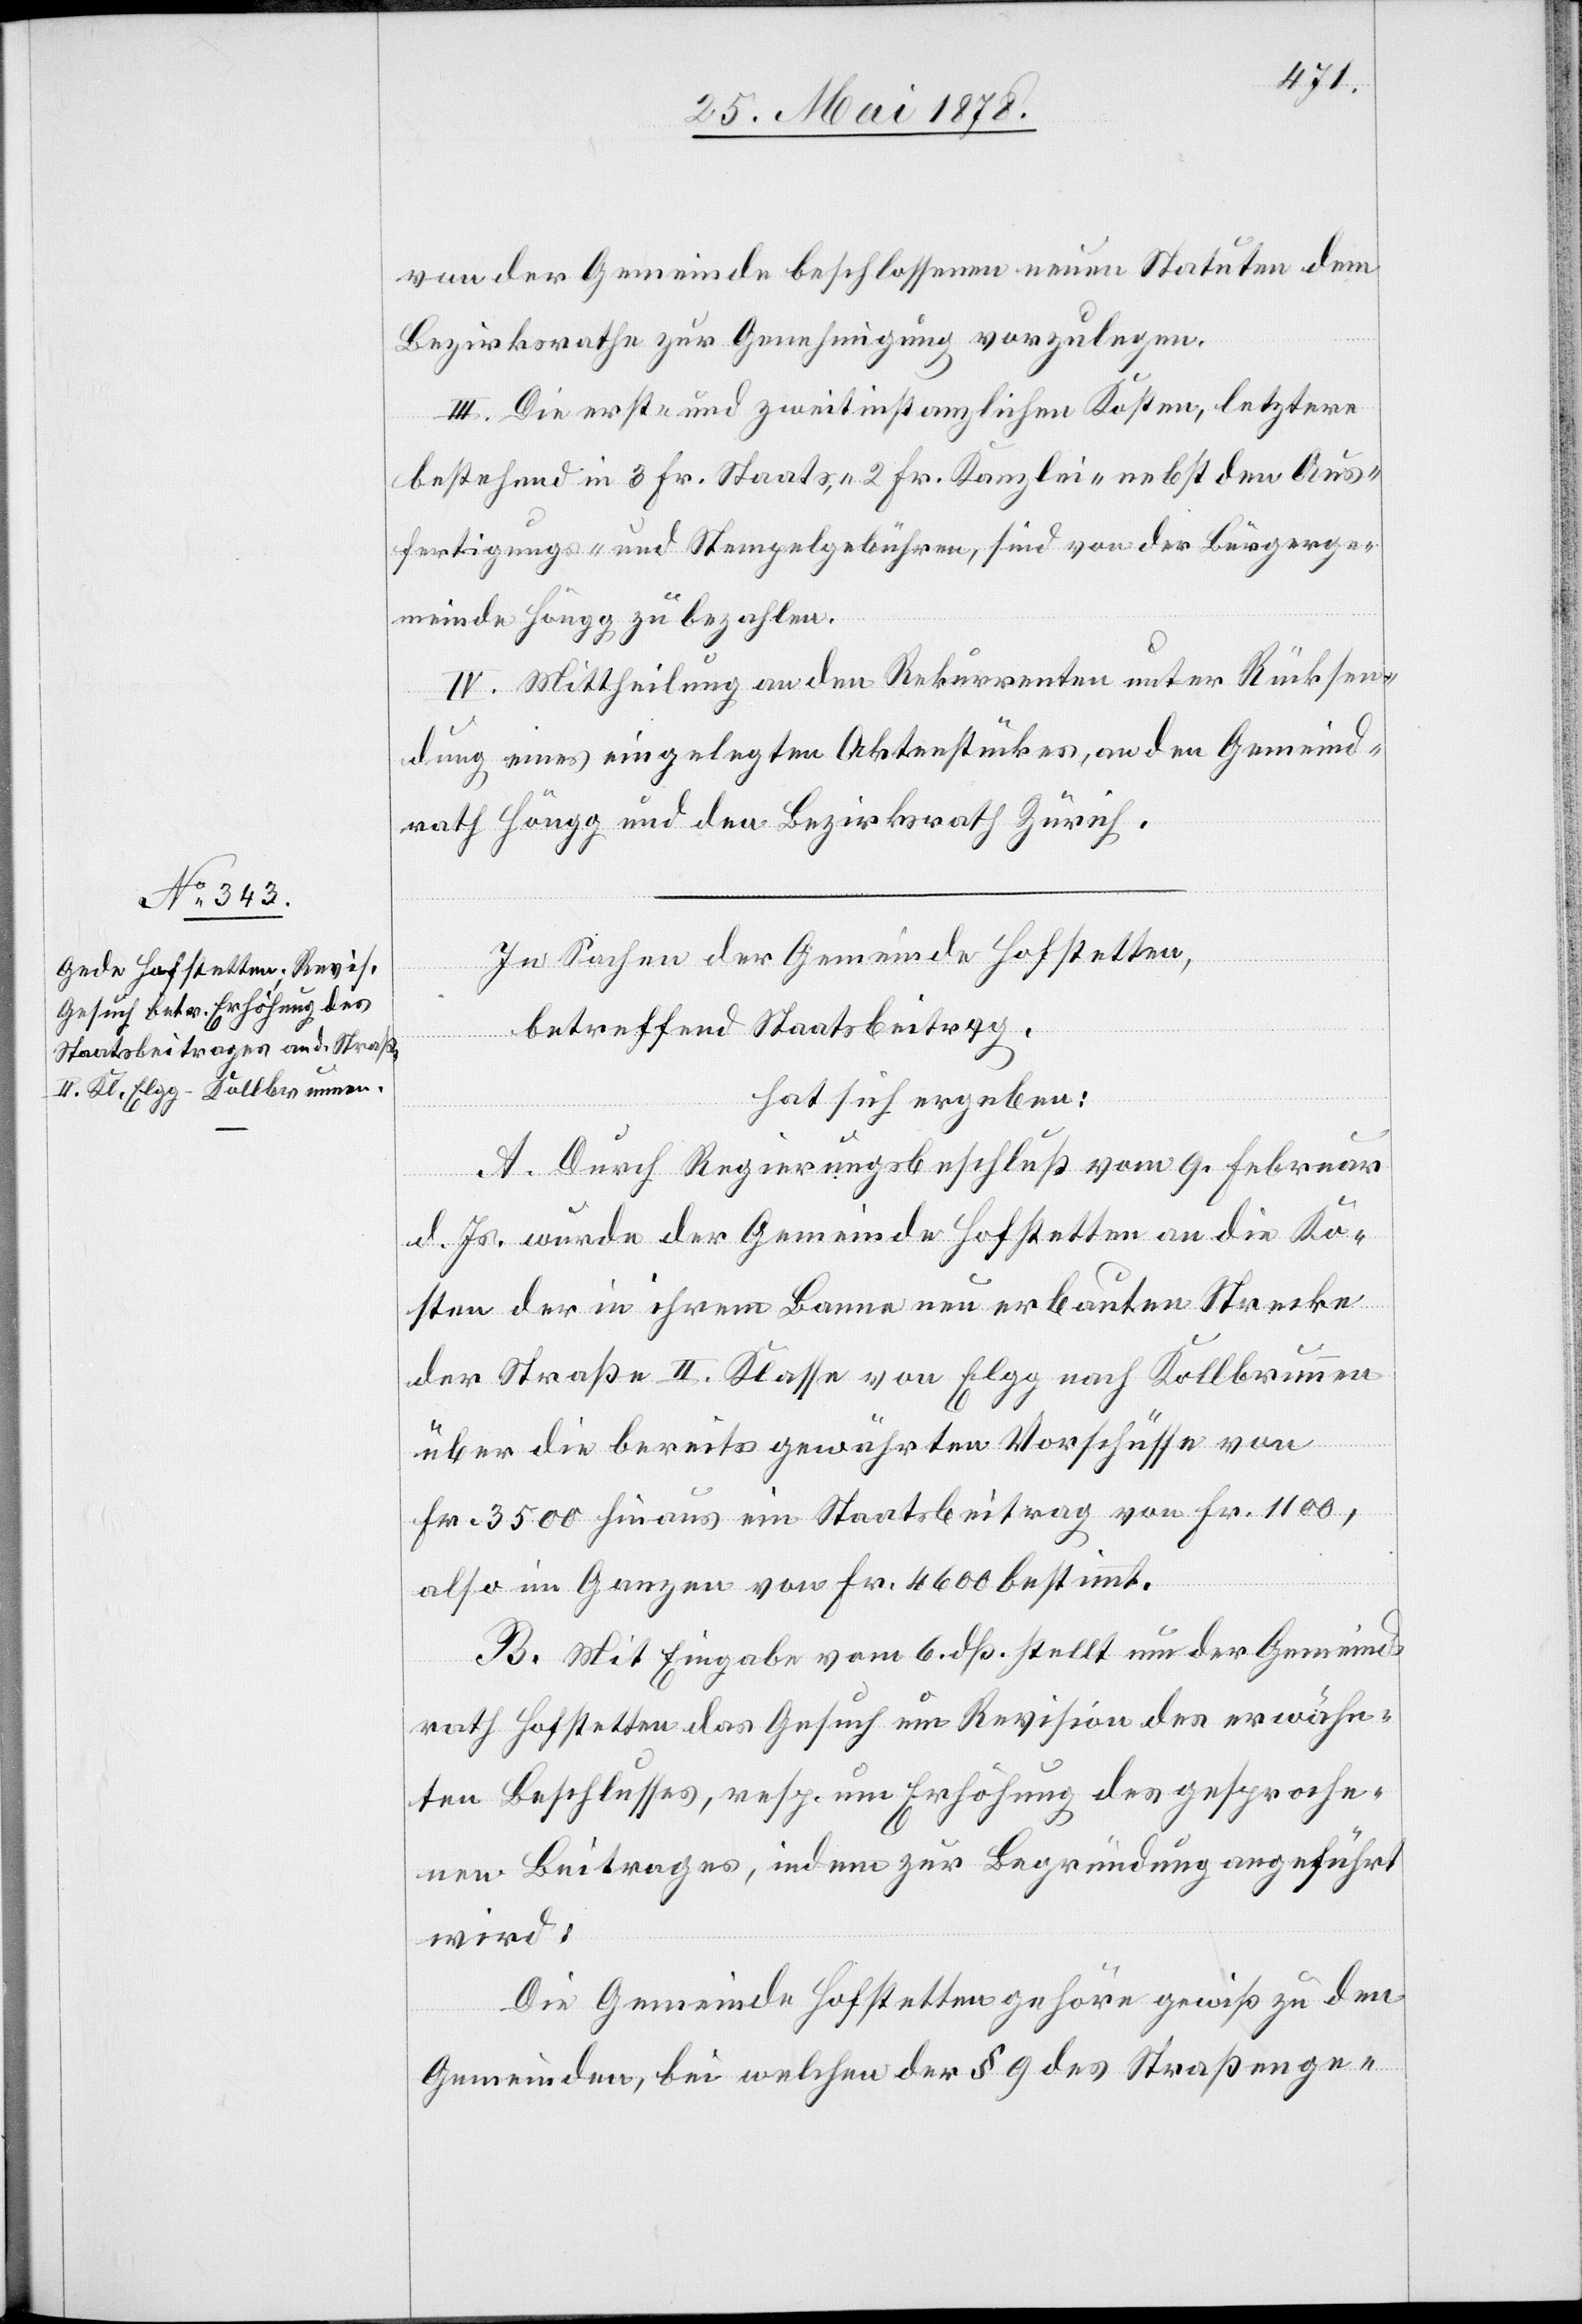
von der Gemeinde beschlossenen neuen Statuten dem
Bezirksrathe zur Genehmigung vorzulegen.
III. Die erst- und zweitinstanzlichen Kosten, letzterer
bestehend in 3 Fr. Staats-, 2 Fr. Kanzlei- nebst den Aus¬
fertigungs- und Stempelgebühren, sind von der Bürgerge¬
meinde Höngg zu bezahlen.
IV. Mittheilung an den Rekurrenten unter Rücksen¬
dung eines eingelegten Aktenstücke, an den Gemeind¬
rath Höngg und den Bezirksrath Zürich.
In Sachen der Gemeinde Hofstetten,
betreffend Staatsbeitrag,
hat sich ergeben:
A. Durch Regierungsbeschluß vom 9. Februar
d. Js. wurde der Gemeinde Hofstetten an die Ko¬
sten der in ihrem Banne neu erbauten Strecke
der Straße II. Klasse von Elgg nach Kollbrunnen
über die bereits gewährten Vorschüsse von
Fr. 3500 hinaus ein Staatsbeitrag von Fr. 1100,
also im Ganzen von Fr. 4600 bestimmt.
B. Mit Eingabe vom 6. dß. stellt nun der Gemeind¬
rath Hofstetten das Gesuch um Revision des erwähn¬
ten Beschlusses, resp. um Erhöhung des gesproche¬
nen Beitrages, indem zur Begründung angeführt
wird:
Die Gemeinde Hofstetten gehöre gewiß zu den
Gemeinden, bei welchen der § 9 des Straßenge-